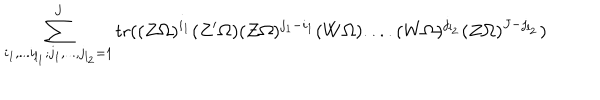
\sum _ { i _ { 1 } , . . . i _ { l _ { 1 } } ; j _ { 1 } , . . . , j _ { l _ { 2 } } = 1 } ^ { J } \mathrm { t r } ( ( Z \Omega ) ^ { i _ { 1 } } ( Z ^ { \prime } \Omega ) ( Z \Omega ) ^ { j _ { 1 } - i _ { 1 } } ( W \Omega ) . . . . ( W \Omega ) ^ { j _ { l _ { 2 } } } ( Z \Omega ) ^ { J - j _ { l _ { 2 } } } )